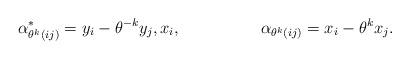
LaTeX: \begin{align*}\alpha_{\theta^k(ij)}^*&=y_i-\theta^{-k}y_j,x_i,&\alpha_{\theta^k(ij)}&=x_i-\theta^k x_j.\end{align*}